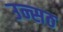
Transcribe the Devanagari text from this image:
उन्सठ